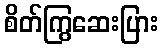
စိတ်ကြွဆေးပြား